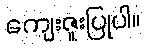
ကျေးဇူးပြုပါ။